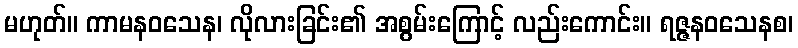
မဟုတ်။ ကာမနဝသေန၊ လိုလားခြင်း၏ အစွမ်းကြောင့် လည်းကောင်း။ ရဇ္ဇနဝသေနစ၊